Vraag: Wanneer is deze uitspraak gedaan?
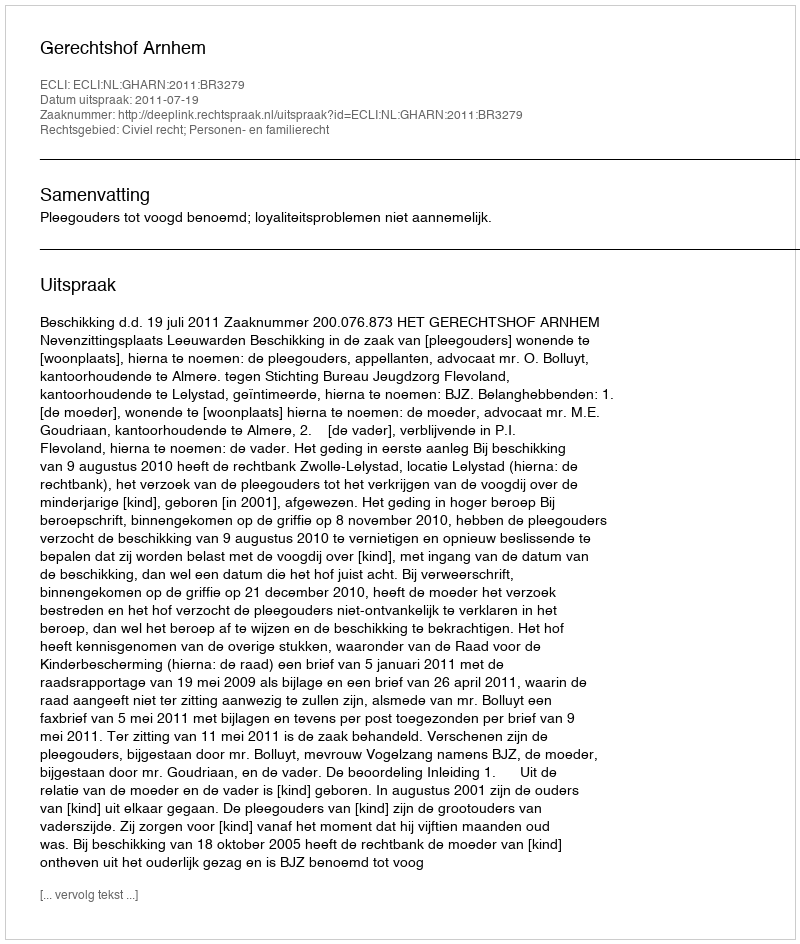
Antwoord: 2011-07-19